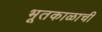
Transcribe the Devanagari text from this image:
भूतकाळाची